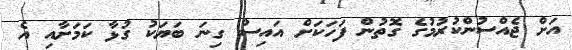
އަށް ޖެއްސުންކުރުމުގެ ގޮތުން ފަހަކަށް އައިސް ގިނަ ބަޔަކު ގުޅާ ކަމަށާއި އެ